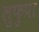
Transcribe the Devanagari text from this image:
लुफुपा